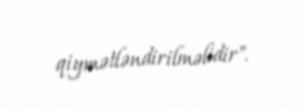
qiymətləndirilməlidir".